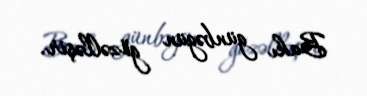
Bakı günbəgün gözəlləşir.